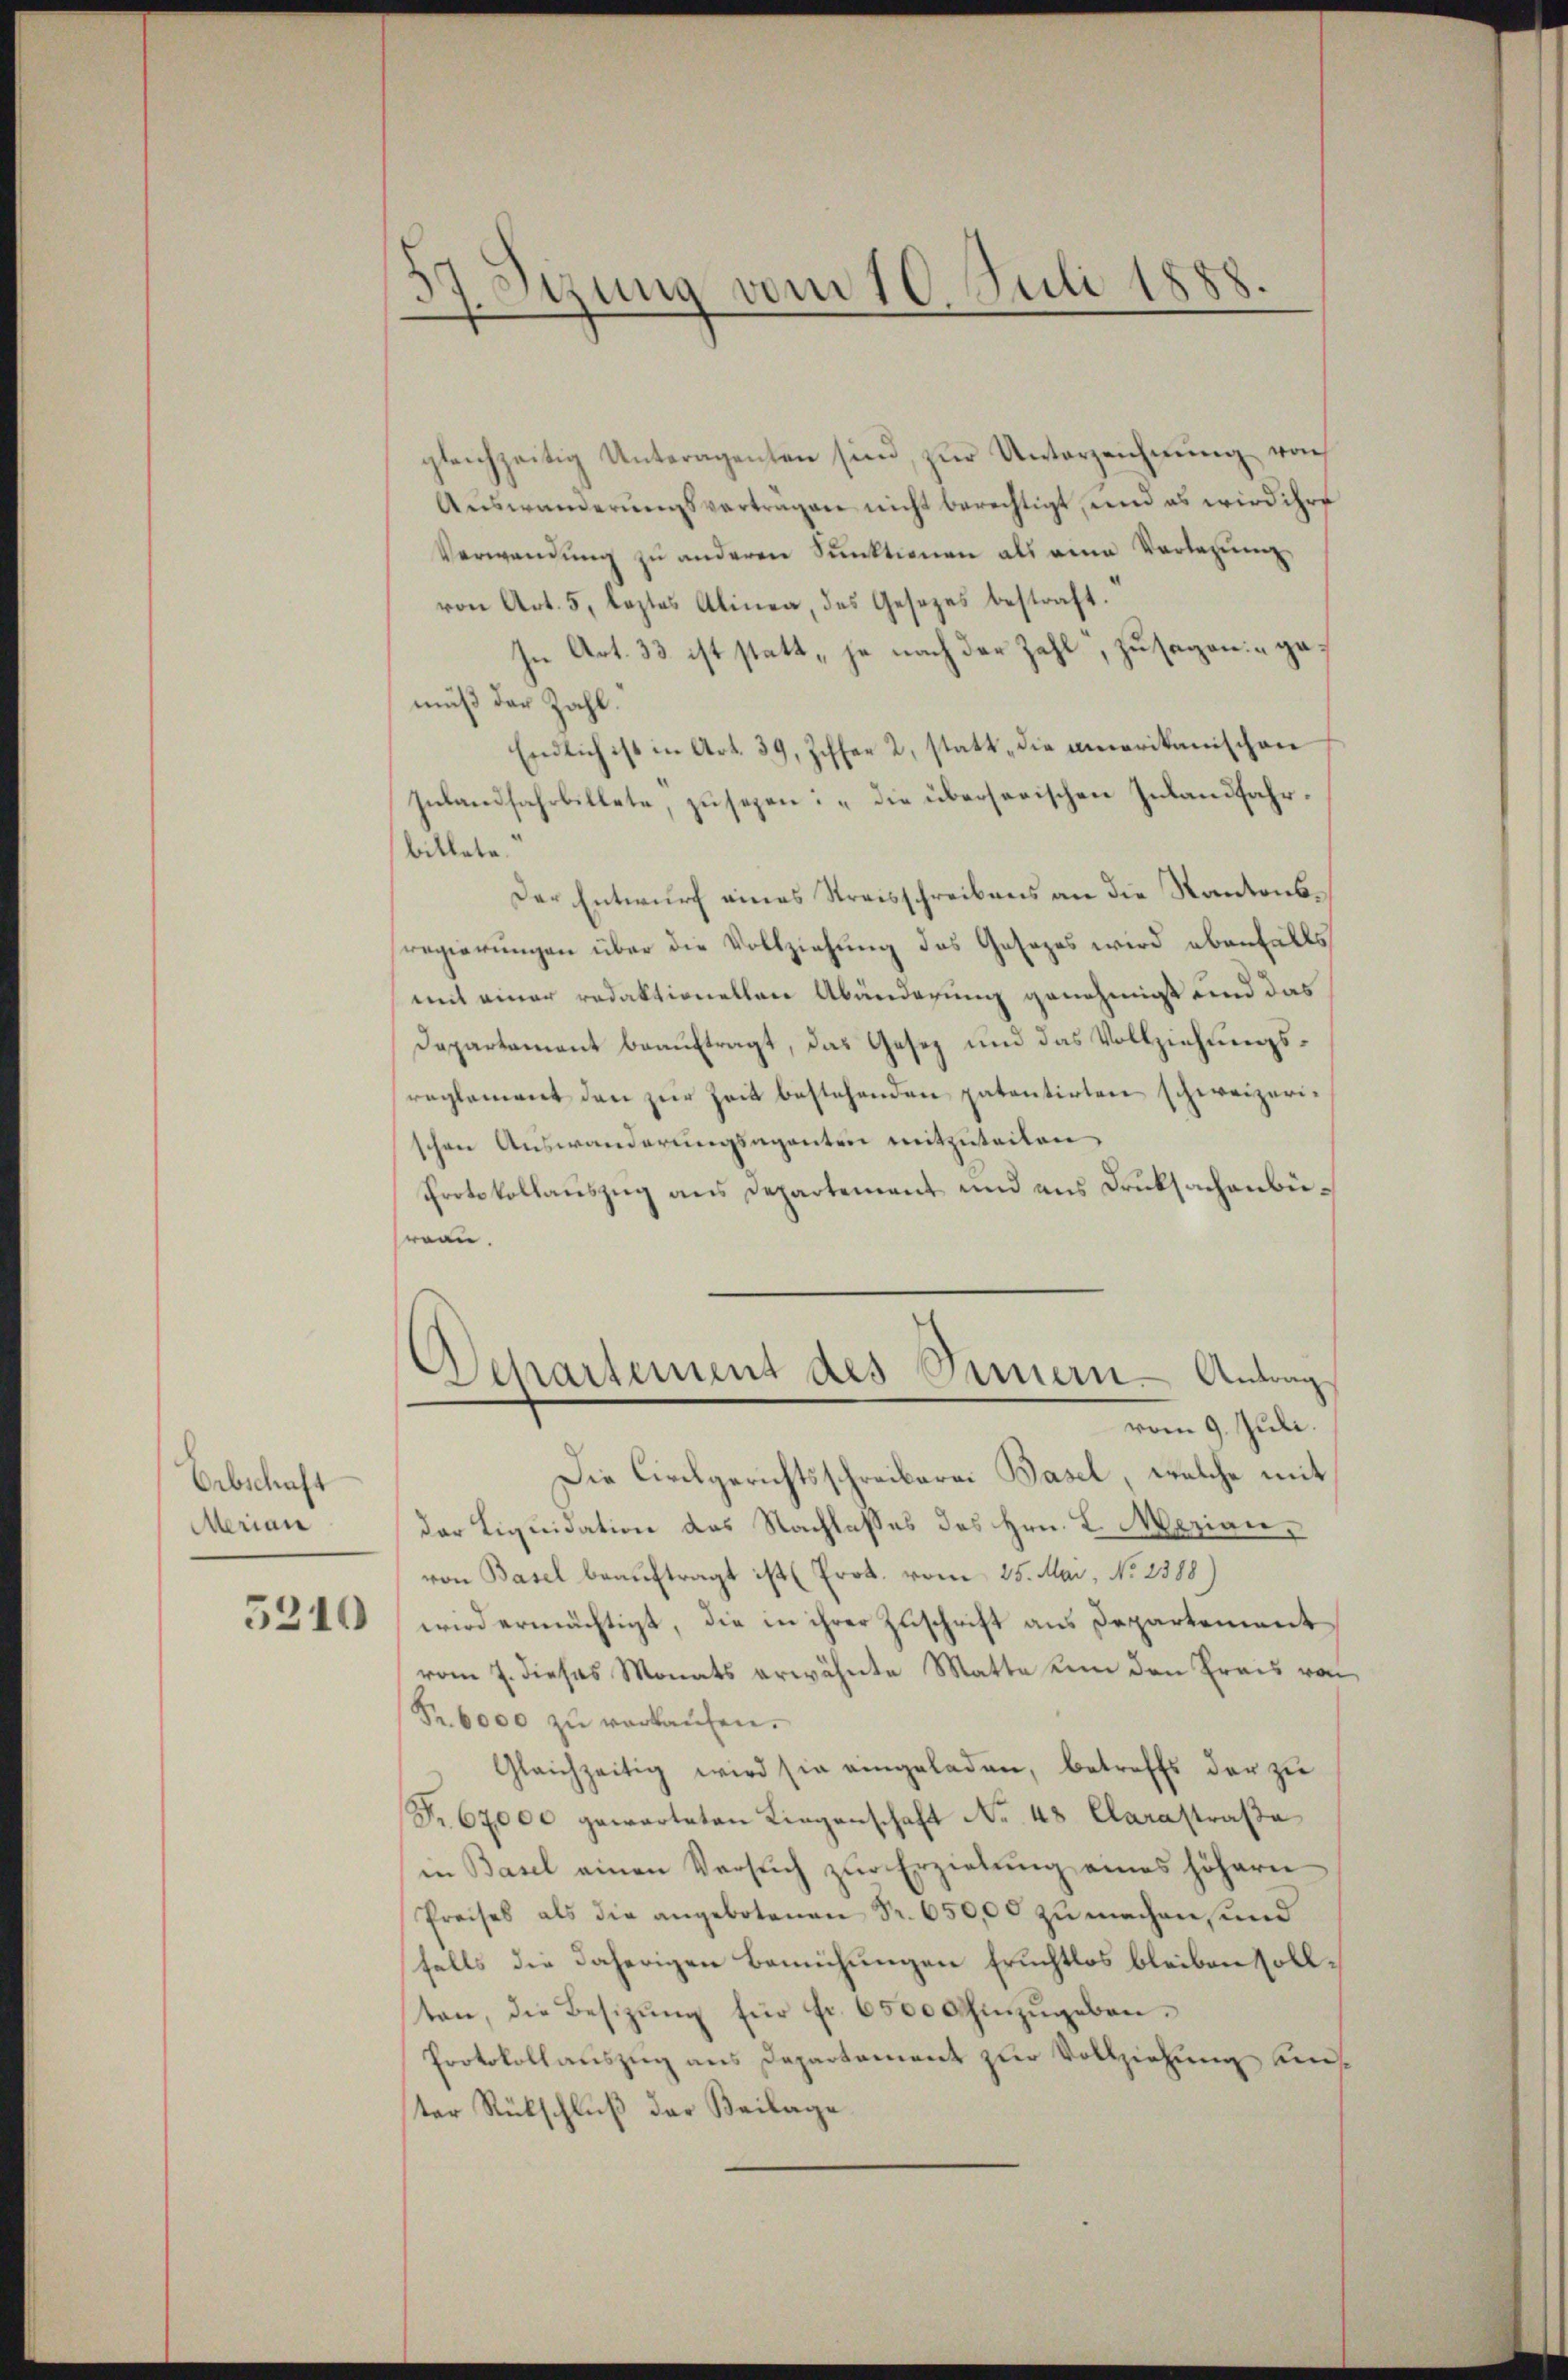
Orbschaft
Merian

5210

7. Syzung vom 10. Juli 1888.
e

gleichzeitig Unteragenten sind, zur Unterzeichnung von
Auswanderŭngsvertragen nicht berechtigt, und es wird ihre
Verwendung zu anderen Sunktionen als eine Vorlesung
von Art. 5, leztes Alinea, das Gesetzes bestraft.“
In Art. 33 ist statt „je nach der Zahl, zusagen: „ga.
muß der Zahl.
Endlich ist in Art. 39, Ziffer 2, statt „die amerikanischen
Inlandfahrbillete, zusegen: „die übersorischen Inlandfahr
billete
Der Entwurf eines Streisschreibens an die Kantonsregierungen über die Vollziehung des Gesezes wird ebenfalls
mit einer redaktionellen Abänderung genehmigt und das
Departement beauftragt, das Gesez und das Vollziehungsreglement den zur Zeit bestehenden patentirten schweizerischen Auswanderungsaganten mitzuteilen
Protokollauszug aus Departement und aus Druksachenbiereau.
Departement des Sennern Antrag
vom 9. Juli.
Die Civilgerichtsschreiberei Basel, welche mit
der Liquidation des Nachlasses des Hrn. L. Marian,
von Basel beauftragt ist (Prok. vom 25. Mai, No. 2388.
wird ermächtigt, die in ihrer Zuschrift aus Departement
vom 7. dieses Monats erwähnte Matte son den Preis von
Fr. 6000 zu verkaufen.
Gleichzeitig wird sie eingeladen, betreffs der zu
Fr. 67000 gewarteten Liegenschaft No. 48 Clarastraße
in Basel einen Versuch zur Erziehung eines höheren
Preises als die angebotenen Fr. 650,00 zŭ machen, und
falls die daherigen Bemühungen Eruchtlos bleiben sollton, die Besitzŭng für Fr. 6500 hinzŭgeben.
Protokollauszug aus Departement zur Vollziehung Kenter Rückschluß der Beilage